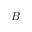
B